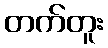
တက်တူး